Vaccination report Assam 1896-1927 - 1896-1927
Year: 1896
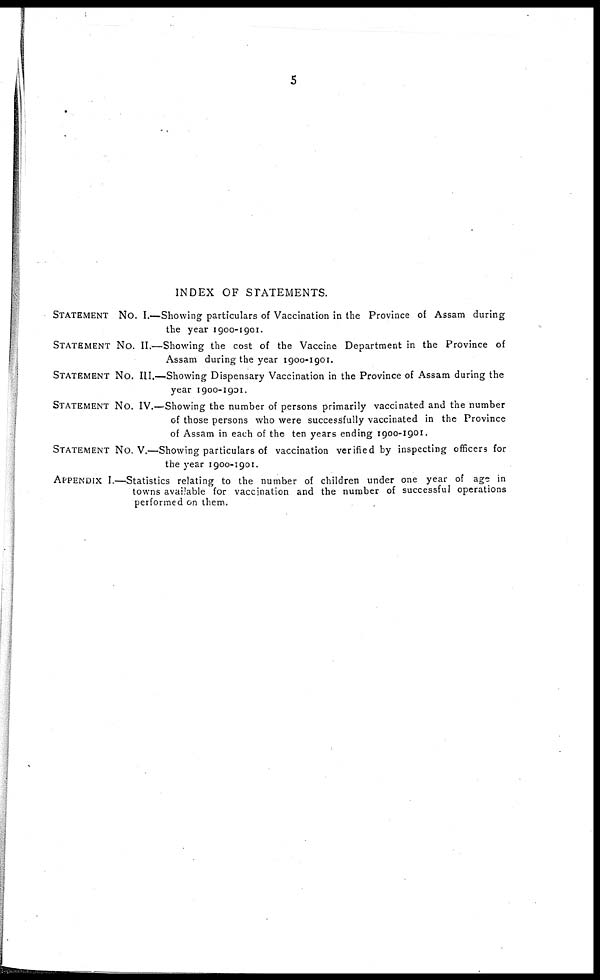
5
INDEX OF STATEMENTS.
STATEMENT No. I.—Showing particulars of Vaccination in the Province of Assam during
the year 1900-1901.
STATEMENT No. II.—Showing the cost of the Vaccine Department in the Province of
Assam during the year 1900-1901.
STATEMENT No. III.—Showing Dispensary Vaccination in the Province of Assam during the
year 1900-1901.
STATEMENT No. IV.—Showing the number of persons primarily vaccinated and the number
of those persons who were successfully vaccinated in the Province
of Assam in each of the ten years ending 1900-1901.
STATEMENT No. V.—Showing particulars of vaccination verified by inspecting officers for
the year 1900-1901.
APPENDIX I.—Statistics relating to the number of children under one year of age in
towns available for vaccination and the number of successful operations
performed on them.